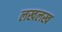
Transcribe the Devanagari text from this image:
लखलख